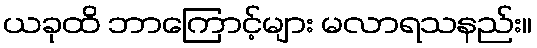
ယခုထိ ဘာကြောင့်များ မလာရသနည်း။